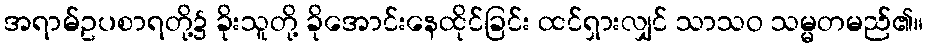
အရာမ်ဥပစာရတို့၌ ခိုးသူတို့ ခိုအောင်းနေထိုင်ခြင်း ထင်ရှားလျှင် သာသဝ သမ္မတမည်၏။